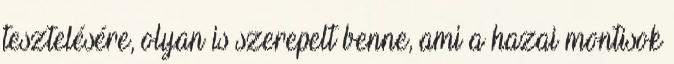
tesztelésére, olyan is szerepelt benne, ami a hazai montisok